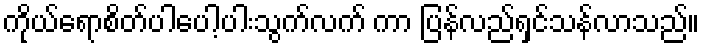
ကိုယ်ရောစိတ်ပါပေါ့ပါးသွက်လက် ကာ ပြန်လည်ရှင်သန်လာသည်။